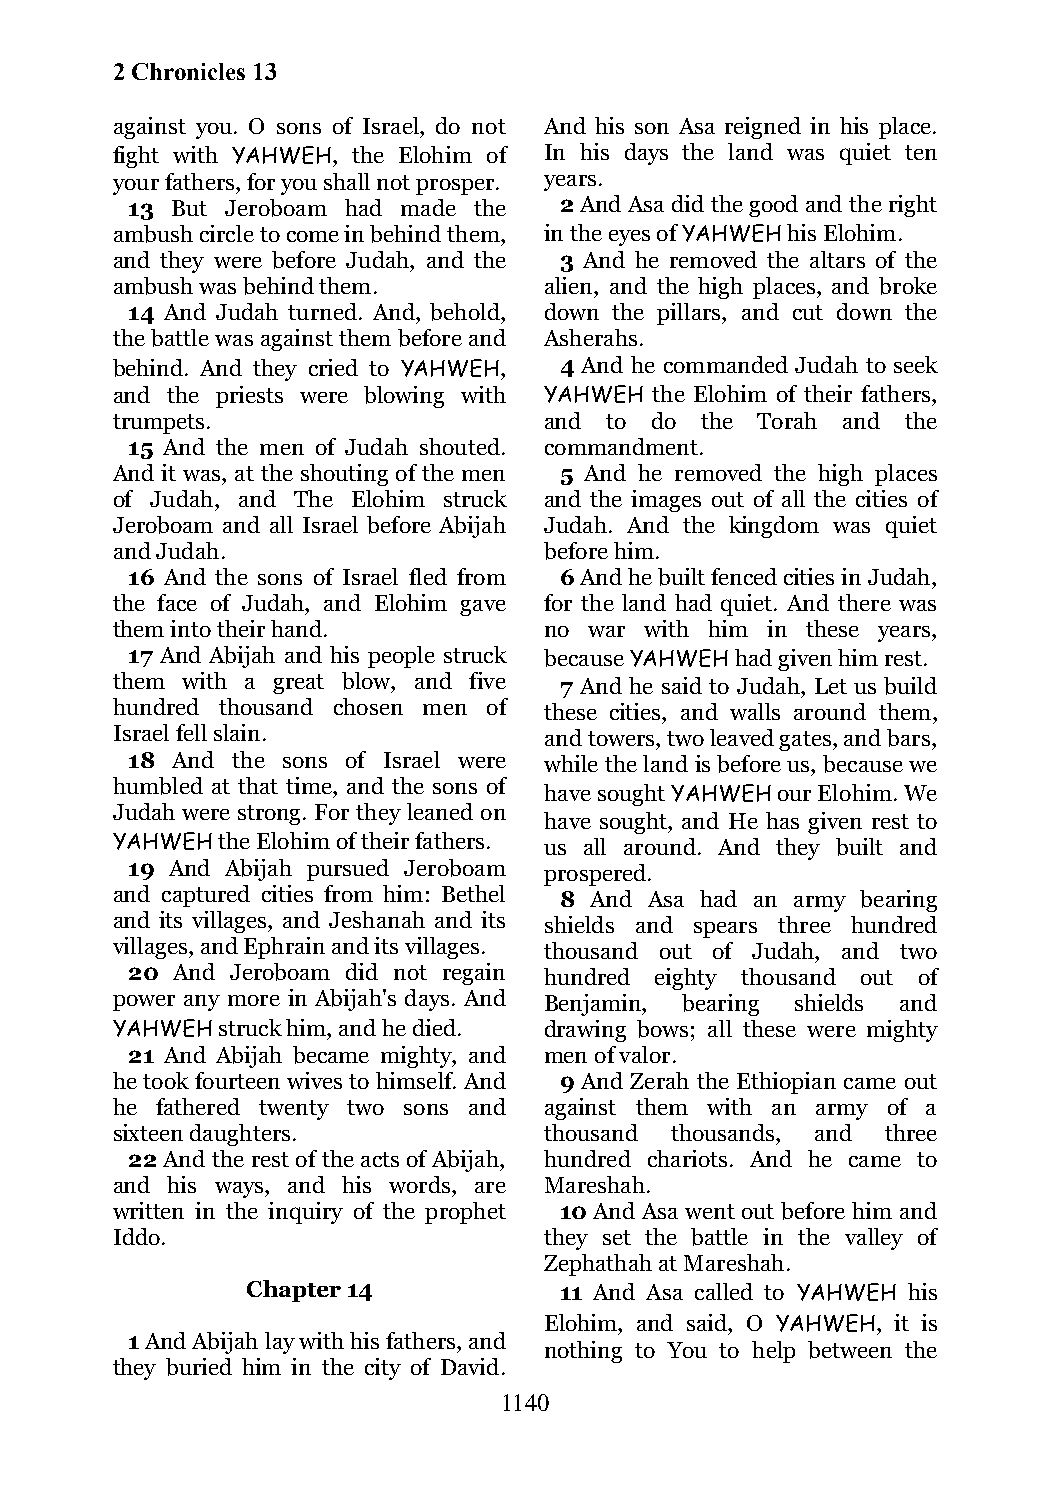
2 Chronicles 13
 against you. O sons of Israel, do not And his son Asa reigned in his place.
 fight with YAHWEH, the Elohim of In his days the land was quiet ten
 your fathers, for you shall not prosper. years.
 13 But Jeroboam had made the 2 And Asa did the good and the right
 ambush circle to come in behind them, in the eyes of YAHWEH his Elohim.
 and they were before Judah, and the 3 And he removed the altars of the
 ambush was behind them.      alien, and the high places, and broke
 14 And Judah turned. And, behold, down the pillars, and cut down the
 the battle was against them before and Asherahs.
 behind. And they cried to YAHWEH, 4 And he commanded Judah to seek
 and the priests were blowing with YAHWEH the Elohim of their fathers,
 trumpets.                    and to do the Torah and the
 15 And the men of Judah shouted. commandment.
 And it was, at the shouting of the men 5 And he removed the high places
 of Judah, and The Elohim struck and the images out of all the cities of
 Jeroboam and all Israel before Abijah Judah. And the kingdom was quiet
 and Judah.                   before him.
 16 And the sons of Israel fled from 6 And he built fenced cities in Judah,
 the face of Judah, and Elohim gave for the land had quiet. And there was
 them into their hand.        no war with him in these years,
 17 And Abijah and his people struck because YAHWEH had given him rest.
 them with a great blow, and five 7 And he said to Judah, Let us build
 hundred thousand chosen men of these cities, and walls around them,
 Israel fell slain.           and towers, two leaved gates, and bars,
 18 And the sons of Israel were while the land is before us, because we
 humbled at that time, and the sons of
 have sought YAHWEH our Elohim. We
 Judah were strong. For they leaned on
 have sought, and He has given rest to
 YAHWEH the Elohim of their fathers. us all around. And they built and
 19 And Abijah pursued Jeroboam prospered.
 and captured cities from him: Bethel 8 And Asa had an army bearing
 and its villages, and Jeshanah and its shields and spears three hundred
 villages, and Ephrain and its villages. thousand out of Judah, and two
 20 And Jeroboam did not regain hundred eighty thousand out of
 power any more in Abijah's days. And Benjamin, bearing shields and
 YAHWEH struck him, and he died. drawing bows; all these were mighty
 21 And Abijah became mighty, and men of valor.
 he took fourteen wives to himself. And 9 And Zerah the Ethiopian came out
 he fathered twenty two sons and against them with an army of a
 sixteen daughters.           thousand thousands, and three
 22 And the rest of the acts of Abijah, hundred chariots. And he came to
 and his ways, and his words, are Mareshah.
 written in the inquiry of the prophet 10 And Asa went out before him and
 Iddo.                        they set the battle in the valley of
 Zephathah at Mareshah.
 Chapter 14           11 And Asa called to YAHWEH his
 Elohim, and said, O YAHWEH, it is
 1 And Abijah lay with his fathers, and
 nothing to You to help between the
 they buried him in the city of David.
 1140